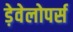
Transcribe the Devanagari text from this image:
ड़ेवेलोपर्स